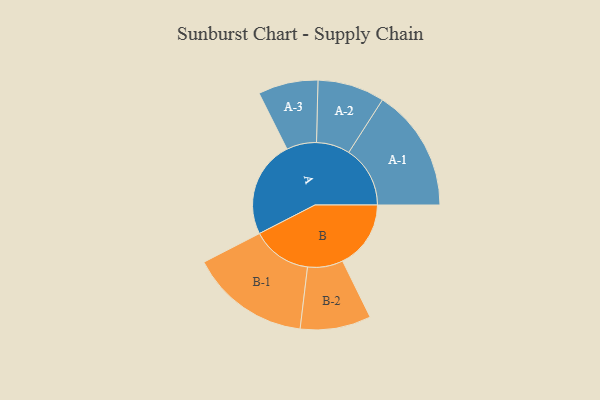
{"axis": {"x": "Segment", "y": "Value"}, "legend": ["", "A", "B"], "data": [{"x": "A", "y": 463, "type": ""}, {"x": "B", "y": 326, "type": ""}, {"x": "A-1", "y": 293, "type": "A"}, {"x": "A-2", "y": 160, "type": "A"}, {"x": "A-3", "y": 143, "type": "A"}, {"x": "B-1", "y": 286, "type": "B"}, {"x": "B-2", "y": 169, "type": "B"}]}